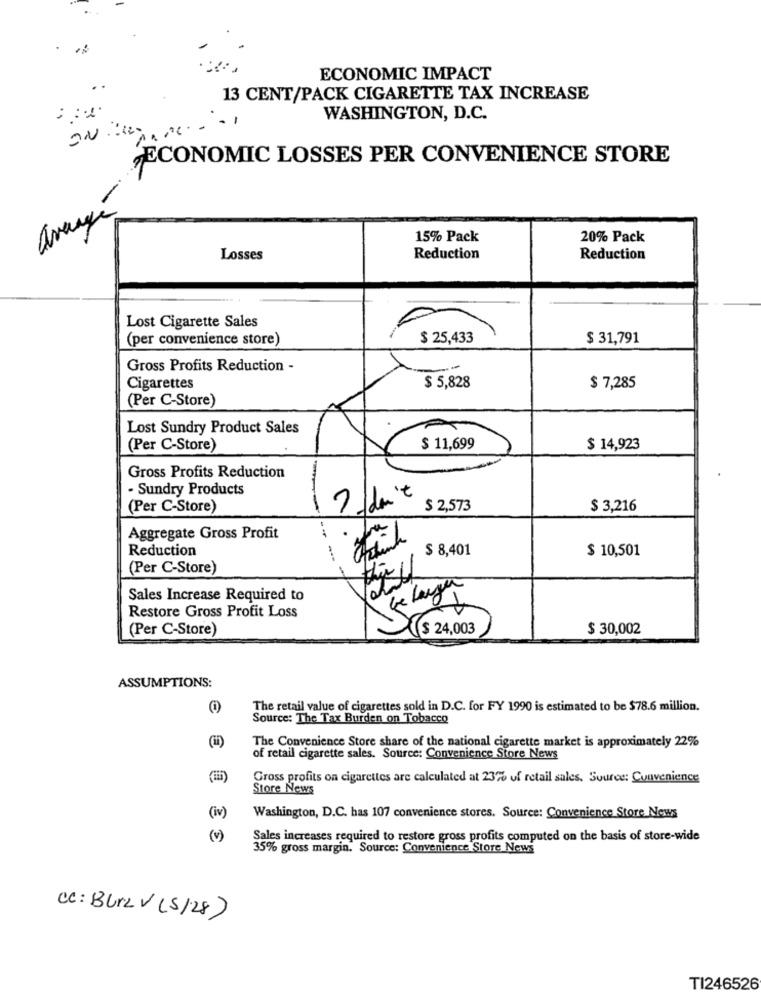
.
ECONOMIC IMPACT
13 CENT/PACK CIGARETTE TAX INCREASE
WASHINGTON, D.C.
ON .. ... ..
ECONOMIC LOSSES PER CONVENIENCE STORE
avery-
15% Pack
20% Pack
Losses
Reduction
Reduction
Lost Cigarette Sales
(per convenience store)
$ 25,433
$ 31,791
Gross Profits Reduction -
Cigarettes
$ 5,828
$ 7,285
(Per C-Store)
Lost Sundry Product Sales
(Per C-Store)
$ 11,699
$ 14,923
Gross Profits Reduction
· Sundry Products
(Per C-Store)
$ 2,573
$ 3,216
Aggregate Gross Profit
--
Reduction
$ 8,401
$ 10,501
(Per C-Store)
Sales Increase Required to
Restore Gross Profit Loss
(Per C-Store)
$ 24,003
$ 30,002
ASSUMPTIONS:
The retail value of cigarettes sold in D.C. for FY 1990 is estimated to be $78.6 million.
Source: The Tax Burden on Tobacco
(ii)
The Convenience Store share of the national cigarette market is approximately 22%
of retail cigarette sales. Source: Convenience Store News
Gross profits on cigarettes are calculated at 23% of retail sales. Source: Convenience
Store News
(iv)
Washington, D.C. has 107 convenience stores. Source: Convenience Store News
(v)
Sales increases required to restore gross profits computed on the basis of store-wide
35% gross margin. Source: Convenience Store News
CC: Burz V (S/28)
TI246526